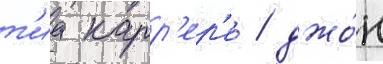
т'иа карр'ер'е / джо́н